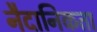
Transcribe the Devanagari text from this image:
नैदानिकता